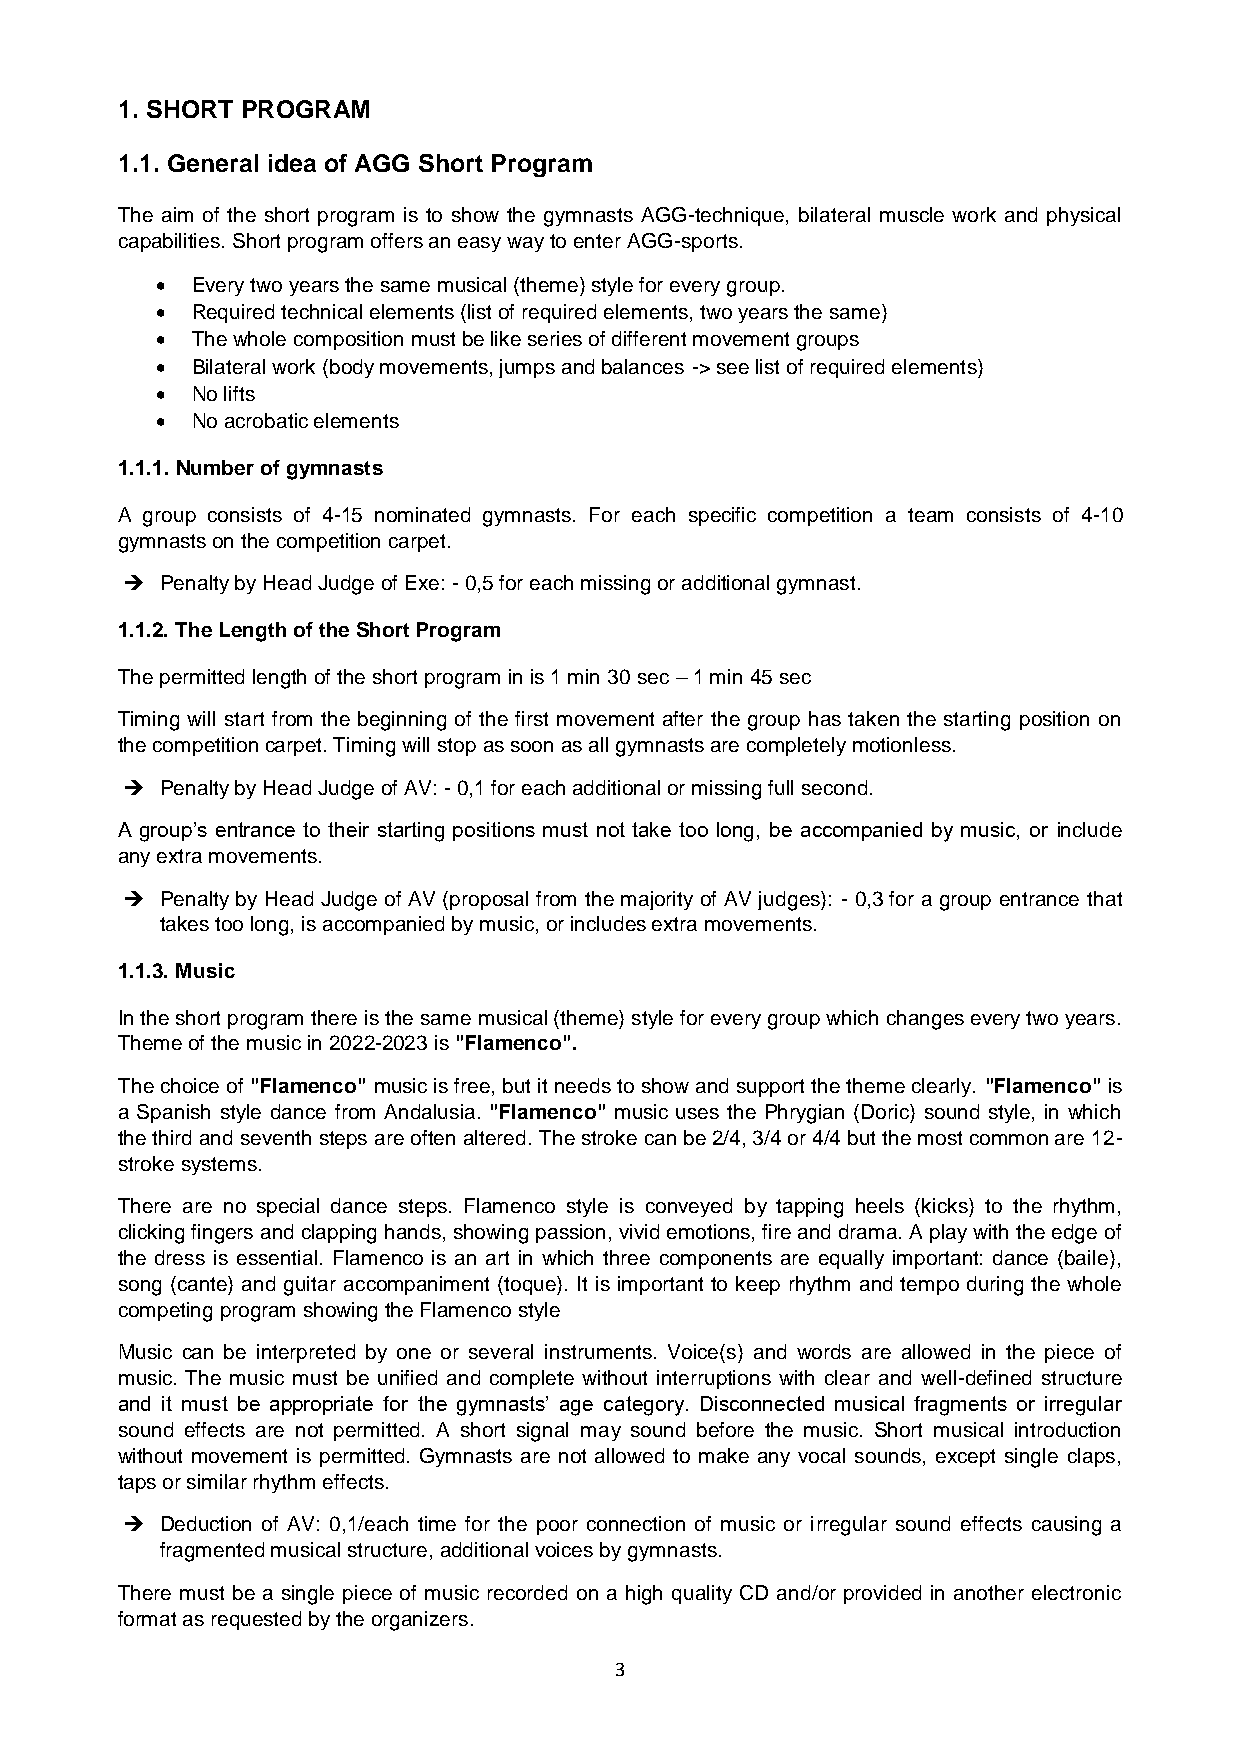
1. SHORT PROGRAM
 1.1. General idea of AGG Short Program
 The aim of the short program is to show the gymnasts AGG-technique, bilateral muscle work and physical
 capabilities. Short program offers an easy way to enter AGG-sports.
   Every two years the same musical (theme) style for every group.
   Required technical elements (list of required elements, two years the same)
   The whole composition must be like series of different movement groups
   Bilateral work (body movements, jumps and balances -> see list of required elements)
   No lifts
   No acrobatic elements
 1.1.1. Number of gymnasts
 A group consists of 4-15 nominated gymnasts. For each specific competition a team consists of 4-10
 gymnasts on the competition carpet.
   Penalty by Head Judge of Exe: - 0,5 for each missing or additional gymnast.
 1.1.2. The Length of the Short Program
 The permitted length of the short program in is 1 min 30 sec – 1 min 45 sec
 Timing will start from the beginning of the first movement after the group has taken the starting position on
 the competition carpet. Timing will stop as soon as all gymnasts are completely motionless.
   Penalty by Head Judge of AV: - 0,1 for each additional or missing full second.
 A group’s entrance to their starting positions must not take too long, be accompanied by music, or include
 any extra movements.
   Penalty by Head Judge of AV (proposal from the majority of AV judges): - 0,3 for a group entrance that
 takes too long, is accompanied by music, or includes extra movements.
 1.1.3. Music
 In the short program there is the same musical (theme) style for every group which changes every two years.
 Theme of the music in 2022-2023 is "Flamenco".
 The choice of "Flamenco" music is free, but it needs to show and support the theme clearly. "Flamenco" is
 a Spanish style dance from Andalusia. "Flamenco" music uses the Phrygian (Doric) sound style, in which
 the third and seventh steps are often altered. The stroke can be 2/4, 3/4 or 4/4 but the most common are 12-
 stroke systems.
 There are no special dance steps. Flamenco style is conveyed by tapping heels (kicks) to the rhythm,
 clicking fingers and clapping hands, showing passion, vivid emotions, fire and drama. A play with the edge of
 the dress is essential. Flamenco is an art in which three components are equally important: dance (baile),
 song (cante) and guitar accompaniment (toque). It is important to keep rhythm and tempo during the whole
 competing program showing the Flamenco style
 Music can be interpreted by one or several instruments. Voice(s) and words are allowed in the piece of
 music. The music must be unified and complete without interruptions with clear and well-defined structure
 and it must be appropriate for the gymnasts’ age category. Disconnected musical fragments or irregular
 sound effects are not permitted. A short signal may sound before the music. Short musical introduction
 without movement is permitted. Gymnasts are not allowed to make any vocal sounds, except single claps,
 taps or similar rhythm effects.
   Deduction of AV: 0,1/each time for the poor connection of music or irregular sound effects causing a
 fragmented musical structure, additional voices by gymnasts.
 There must be a single piece of music recorded on a high quality CD and/or provided in another electronic
 format as requested by the organizers.
 3